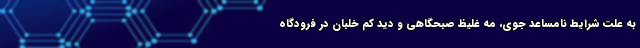
به‌ علت شرایط نامساعد جوی، مه غلیظ صبحگاهی و دید کم خلبان در فرودگاه